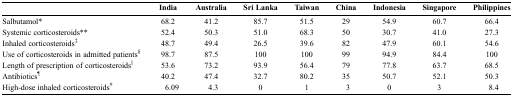
|  | India | Australia | Sri Lanka | Taiwan | China | Indonesia | Singapore | Philippines |
 | --- | --- | --- | --- | --- | --- | --- | --- | --- |
 | Salbutamol* | 68.2 | 41.2 | 85.7 | 51.5 | 29 | 54.9 | 60.7 | 66.4 |
 | Systemic corticosteroids** | 52.4 | 50.3 | 51.0 | 68.3 | 50 | 30.7 | 41.0 | 27.3 |
 | Inhaled corticosteroids‡ | 48.7 | 49.4 | 26.5 | 39.6 | 82 | 47.9 | 60.1 | 54.6 |
 | Use of corticosteroids in admitted patients§ | 98.7 | 87.5 | 100 | 100 | 99 | 94.9 | 84.4 | 100 |
 | Length of prescription of corticosteroids|| | 53.6 | 73.2 | 93.9 | 56.4 | 79 | 77.8 | 63.7 | 68.5 |
 | Antibiotics¶ | 40.2 | 47.4 | 32.7 | 80.2 | 35 | 50.7 | 52.1 | 50.3 |
 | High-dose inhaled corticosteroids# | 6.09 | 4.3 | 0 | 1 | 3 | 0 | 3 | 8.4 |